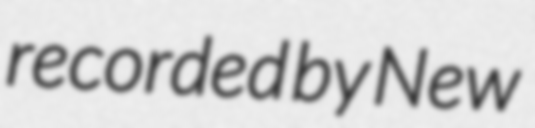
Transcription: recorded by New